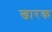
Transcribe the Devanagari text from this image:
खारक